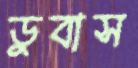
ডুবাস